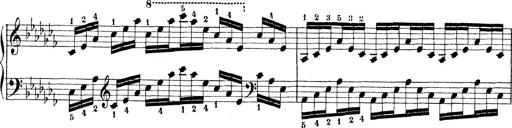
Title: Technische Studien
Composer: Franz Liszt